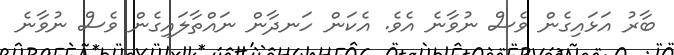
ބާރު އަޅައިގެން ވެސް ނުވާނެ އެވެ. އެކަން ހަނދާން ނައްތާލައިގެން ވެސް ނުވާނެ